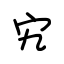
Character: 宄